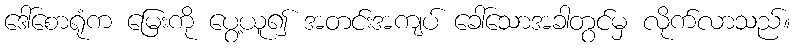
ဒေါ်စောရုံက မြေးကို ပွေ့ယူ၍ အတင်းအကျပ် ခေါ်သောအခါတွင်မှ လိုက်လာသည်။